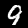
Label: 9